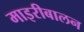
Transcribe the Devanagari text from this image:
माइरीबालन